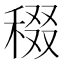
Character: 𥟒